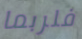
فلربما